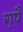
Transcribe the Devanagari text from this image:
रापैं